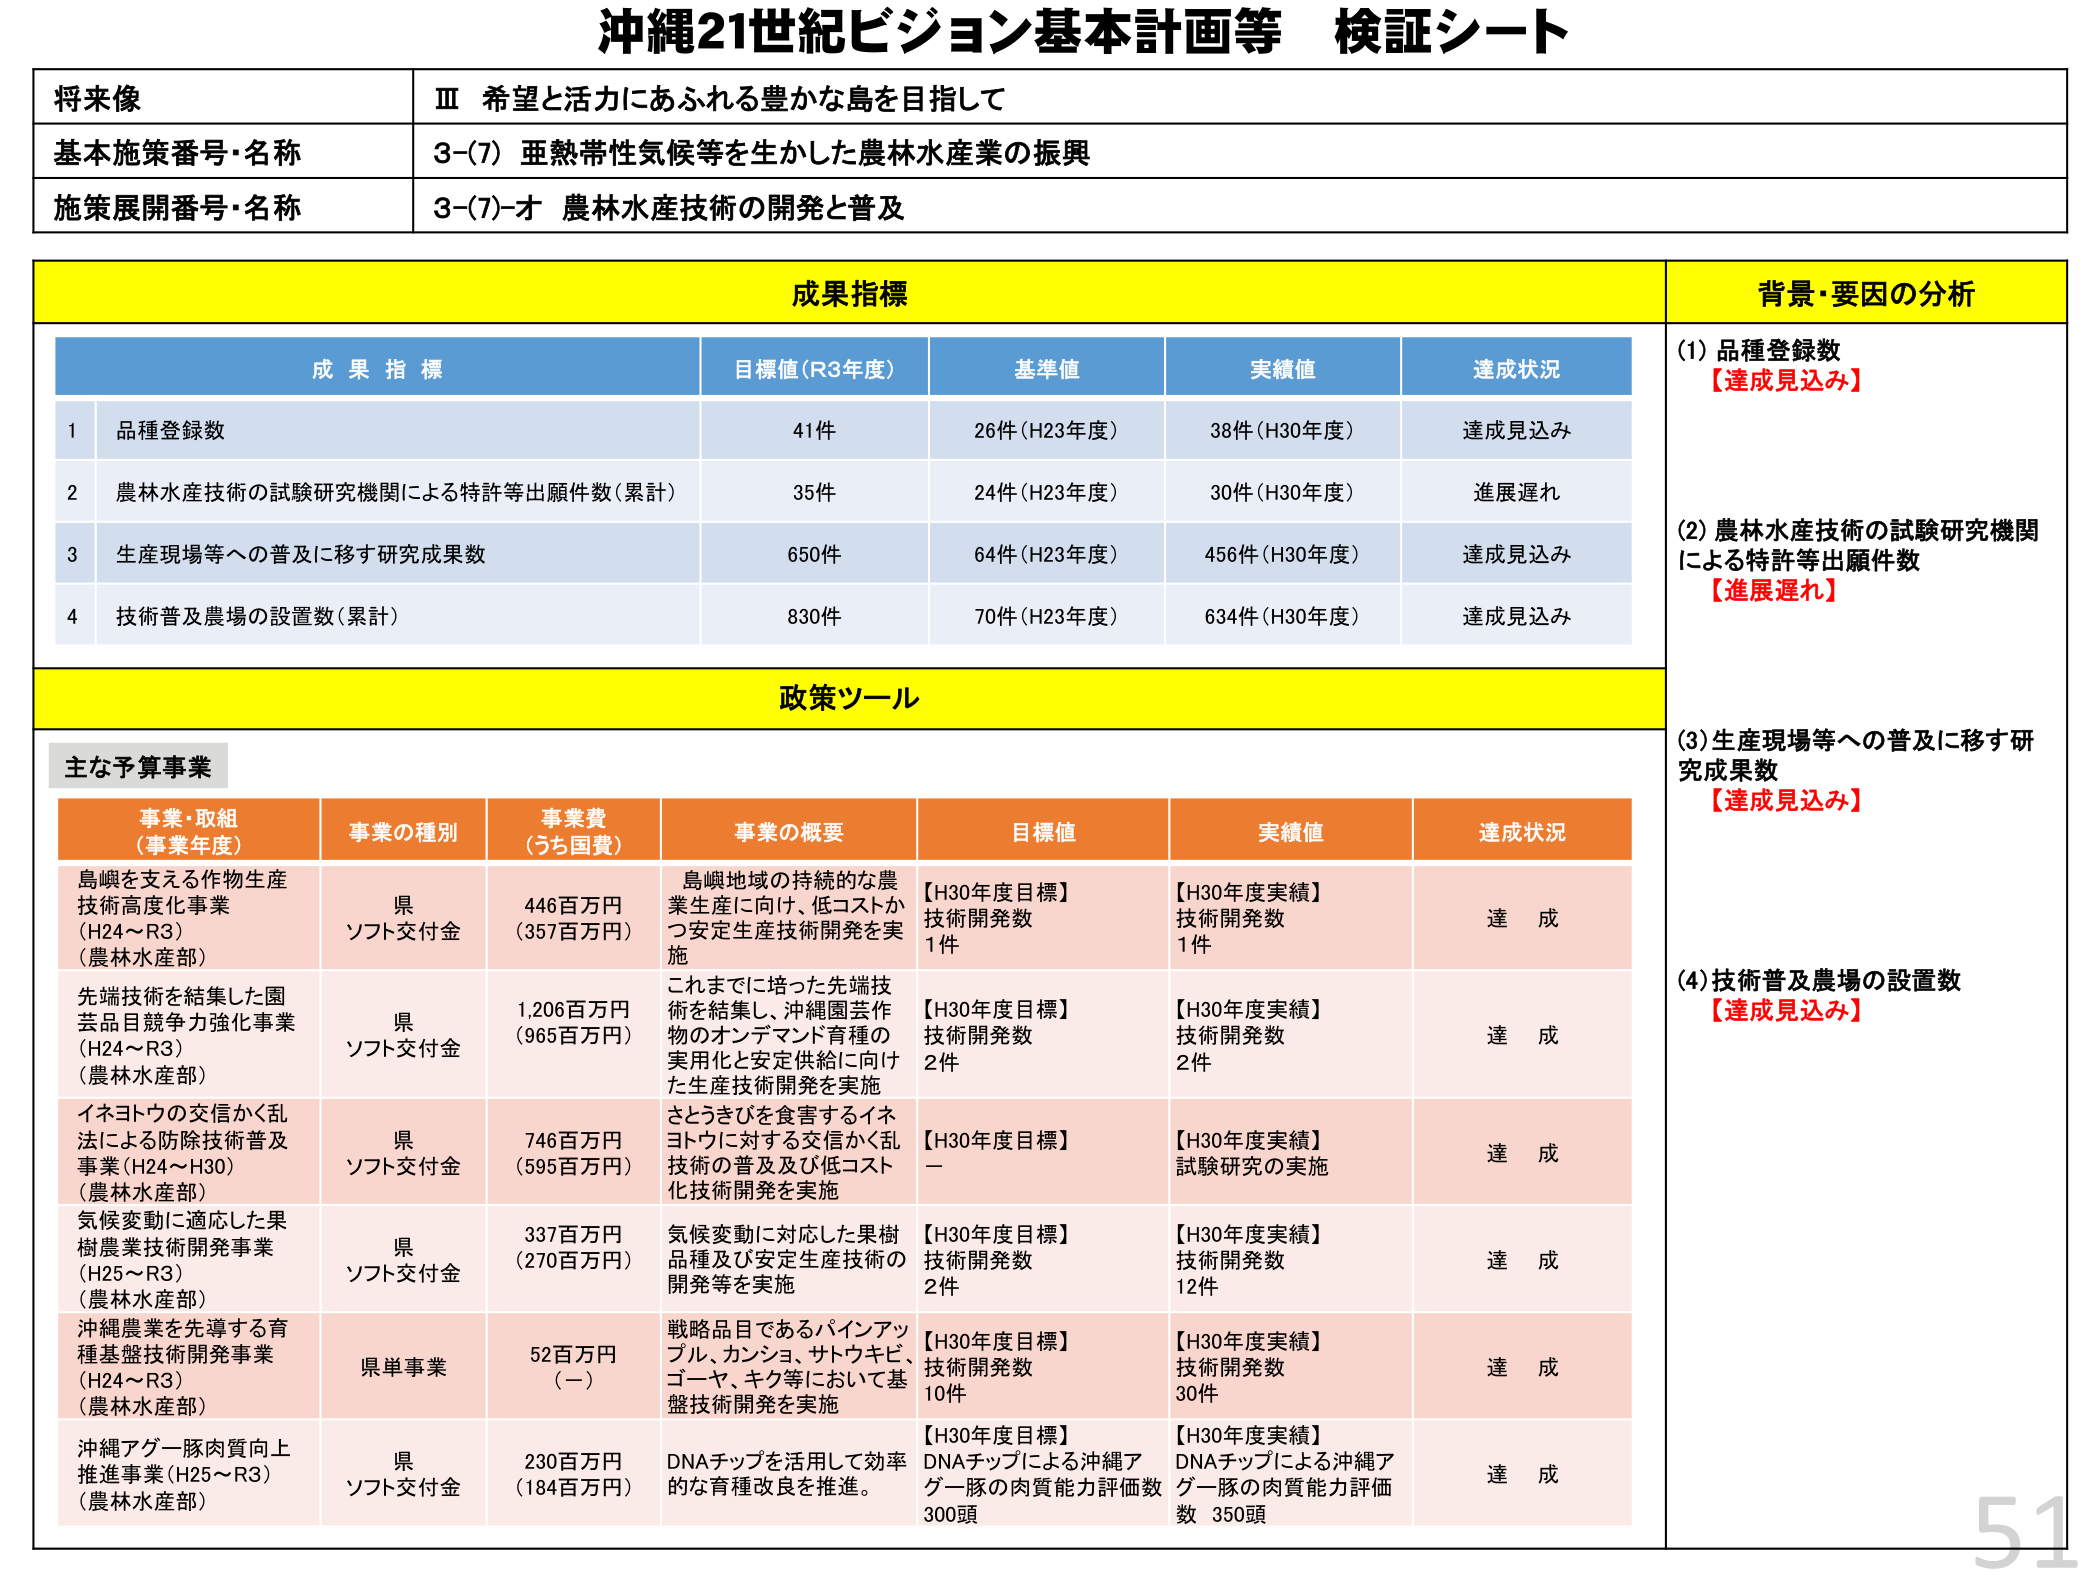
沖縄21世紀ビジョン基本計画等 検証シート

将来像
Ⅲ 希望と活力にあふれる豊かな島を目指して

基本施策番号・名称
3-(7) 亜熱帯性気候等を生かした農林水産業の振興

施策展開番号・名称
3-(7)-オ 農林水産技術の開発と普及

成果指標

成果指標 目標値（R3年度） 基準値 実績値 達成状況
1 品種登録数 41件 26件（H23年度） 38件（H30年度） 達成見込み
2 農林水産技術の試験研究機関による特許等出願件数（累計） 35件 24件（H23年度） 30件（H30年度） 進展遅れ
3 生産現場等への普及に移す研究成果数 650件 64件（H23年度） 456件（H30年度） 達成見込み
4 技術普及農場の設置数（累計） 830件 70件（H23年度） 634件（H30年度） 達成見込み

背景・要因の分析
(1) 品種登録数
【達成見込み】

(2) 農林水産技術の試験研究機関による特許等出願件数
【進展遅れ】

(3) 生産現場等への普及に移す研究成果数
【達成見込み】

(4) 技術普及農場の設置数
【達成見込み】

政策ツール

主な予算事業

事業・取組（事業年度） 事業の種別 事業費（うち国費） 事業の概要 目標値 実績値 達成状況
島嶼を支える作物生産技術高度化事業（H24～R3）（農林水産部） 県ソフト交付金 446百万円（357百万円） 島嶼地域の持続的な農業生産に向け、低コストかつ安定生産技術開発を実施 【H30年度目標】技術開発数 1件 【H30年度実績】技術開発数 1件 達成
先端技術を結集した園芸品目競争力強化事業（H24～R3）（農林水産部） 県ソフト交付金 1,206百万円（965百万円） これまでに培った先端技術を結集し、沖縄園芸作物のオンデマンド育種の実用化と安定供給に向けた生産技術開発を実施 【H30年度目標】技術開発数 2件 【H30年度実績】技術開発数 2件 達成
イネヨトウの交信かく乱法による防除技術普及事業（H24～H30）（農林水産部） 県ソフト交付金 746百万円（595百万円） さとうきびを食害するイネヨトウに対する交信かく乱技術の普及及び低コスト化技術開発を実施 【H30年度目標】－ 【H30年度実績】試験研究の実施 達成
気候変動に適応した果樹農業技術開発事業（H25～R3）（農林水産部） 県ソフト交付金 337百万円（270百万円） 気候変動に対応した果樹品種及び安定生産技術の開発等を実施 【H30年度目標】技術開発数 2件 【H30年度実績】技術開発数 12件 達成
沖縄農業を先導する育種基盤技術開発事業（H24～R3）（農林水産部） 県単事業 52百万円（－） 戦略品目であるパインアップル、カシショ、サトウキビ、ゴーヤ、キク等において基盤技術開発を実施 【H30年度目標】技術開発数 10件 【H30年度実績】技術開発数 30件 達成
沖縄アグー豚肉質向上推進事業（H25～R3）（農林水産部） 県ソフト交付金 230百万円（184百万円） DNAチップを活用して効率的な育種改良を推進。 【H30年度目標】DNAチップによる沖縄アグー豚の肉質能力評価数 300頭 【H30年度実績】DNAチップによる沖縄アグー豚の肉質能力評価数 350頭 達成

51